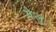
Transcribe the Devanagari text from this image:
येलु